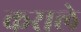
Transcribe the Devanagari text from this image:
कराले